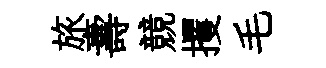
旅壽競攫毛